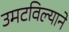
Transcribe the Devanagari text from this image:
उमटविल्याने